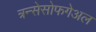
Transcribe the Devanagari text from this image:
त्रन्सेसोफगेअल